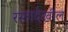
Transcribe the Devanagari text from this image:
रस्तादेखील